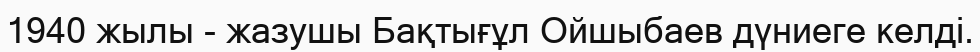
1940 жылы - жазушы Бақтығұл Ойшыбаев дүниеге келді.